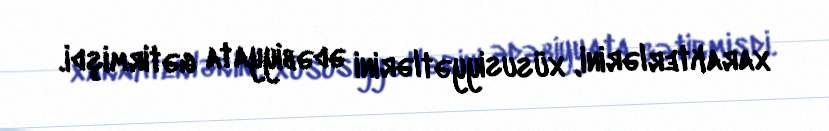
xarakterlərini, xüsusiyyətlərini ədəbiyyata gətirmişdi.